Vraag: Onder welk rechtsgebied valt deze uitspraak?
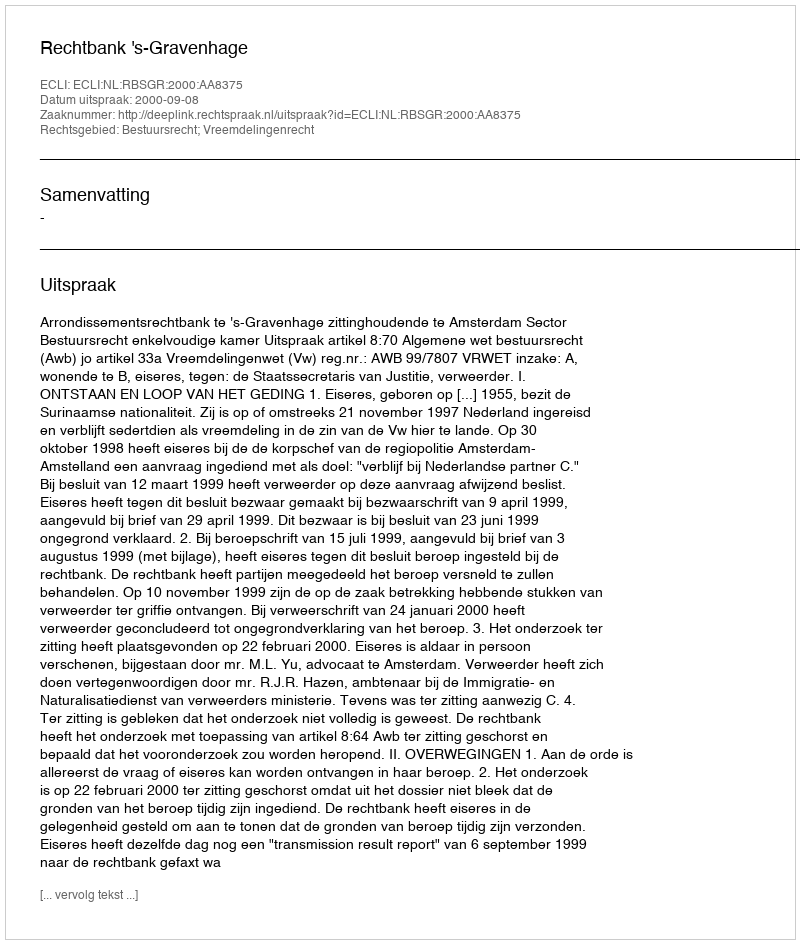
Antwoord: Bestuursrecht; Vreemdelingenrecht